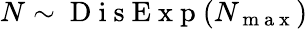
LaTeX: N\sim\mathrm{~D~i~s~E~x~p~}(N_{\mathrm{~m~a~x~}})